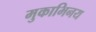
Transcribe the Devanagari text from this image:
मुकाभिनय